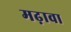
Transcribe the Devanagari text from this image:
मढ़ावा